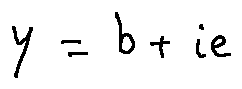
y = b + i e